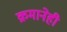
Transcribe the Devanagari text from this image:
क्रमानेही